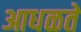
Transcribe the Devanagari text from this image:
आधळते